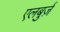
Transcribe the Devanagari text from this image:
एलबुर्ज़